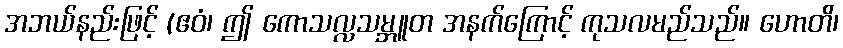
အဘယ်နည်းဖြင့် (ဧဝံ၊ ဤ ကောသလ္လသမ္ဘူတ အနက်ကြောင့် ကုသလမည်သည်။ ဟောတိ၊